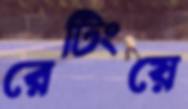
রেটিংয়ে